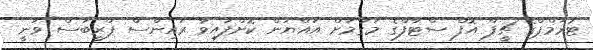
ޓުރަމްޕްގެ ޗީފް އޮފް ސްޓާފްގެ މަގާމަށް އައްޔަން ކޮށްފައިވާ ރައިންސް ޕްރީބަސް ވަނީ